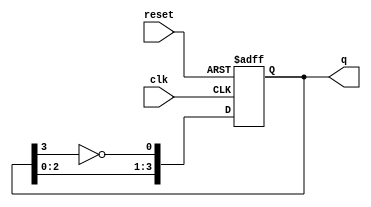
module johnson_counter #(
    parameter N = 4   // Number of flip-flops
) (
    input wire clk,          // Clock signal
    input wire reset,        // Asynchronous reset signal
    output reg [N-1:0] q     // Output of the counter
);

// Internal signal for inverted output of the last flip-flop
wire feedback;

always @(posedge clk or posedge reset) begin
    if (reset) begin
        q <= 0; // Initialize the counter to 0 on reset
    end else begin
        // Johnson counter logic: shift and feedback
        q <= {q[N-2:0], ~q[N-1]};
    end
end

endmodule